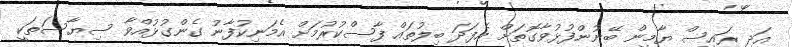
އަދި ރައީސް ޔާމީން ބޭނުންފުޅުވާގޮތަށް އެފަދަ ބިލުތައް ފާސްކުރުމަށް އެމަނިކުފާނު ގެންގުޅުއްވާ ސިޔާސަތަކީ